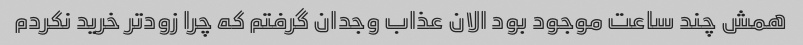
همش چند ساعت موجود بود الان عذاب وجدان گرفتم که چرا زودتر خرید نکردم